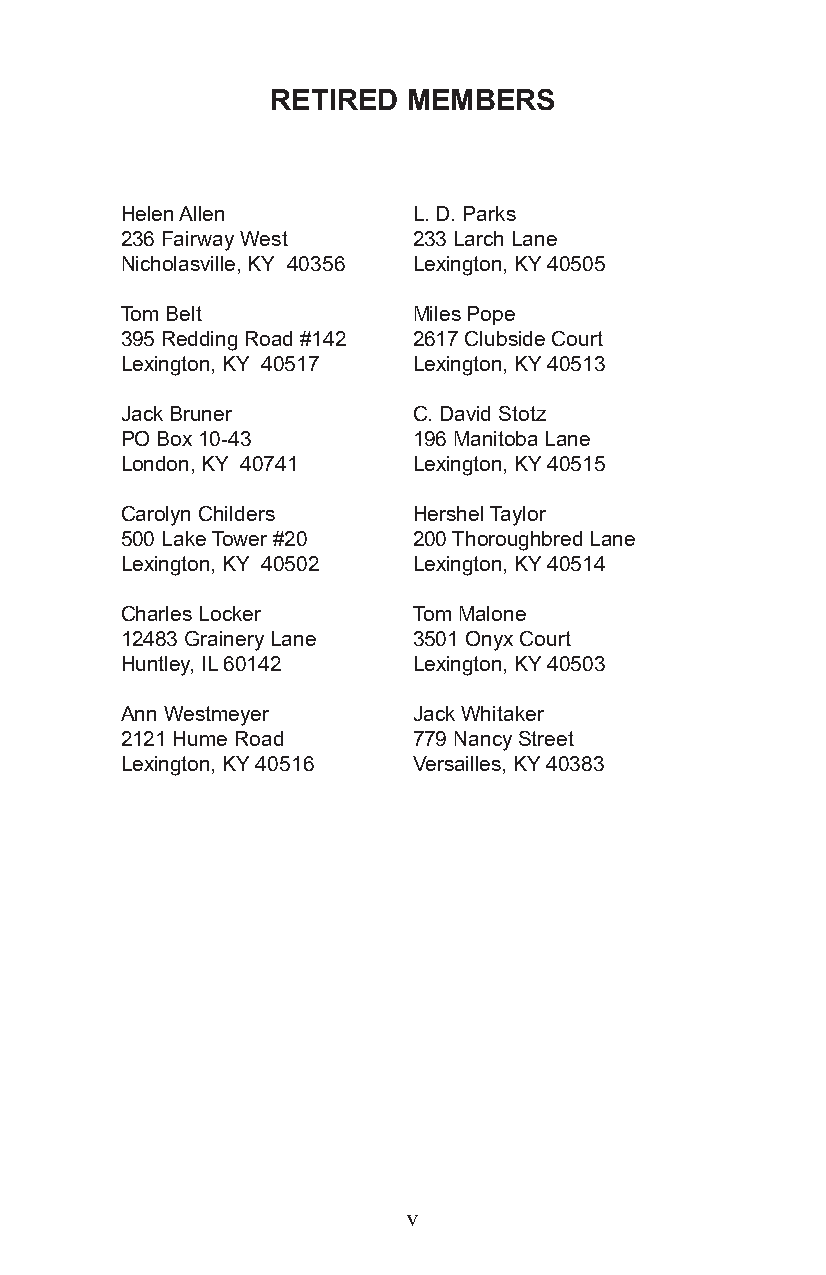
RETIRED  MEMBERS
 Helen Allen        L. D. Parks
 236 Fairway West   233 Larch Lane
 Nicholasville, KY 40356 Lexington, KY 40505
 Tom Belt           Miles Pope
 395 Redding Road #142 2617 Clubside Court
 Lexington, KY 40517 Lexington, KY 40513
 Jack Bruner        C. David Stotz
 PO Box 10-43       196 Manitoba Lane
 London, KY 40741   Lexington, KY 40515
 Carolyn Childers   Hershel Taylor
 500 Lake Tower #20 2 00 Thoroughbred Lane
 Lexington, KY 40502 Lexington, KY 40514
 Charles Locker     Tom Malone
 12483 Grainery Lane 3501 Onyx Court
 Huntley, IL 60142  Lexington, KY 40503
 Ann Westmeyer      Jack Whitaker
 2121 Hume Road     779 Nancy Street
 Lexington, KY 40516 Versailles, KY 40383
 v